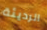
الرديئة